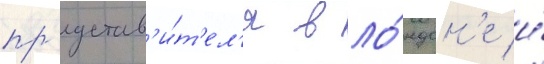
пр'едстав'и́т'ел'я в ло́ндон'е и́